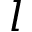
l